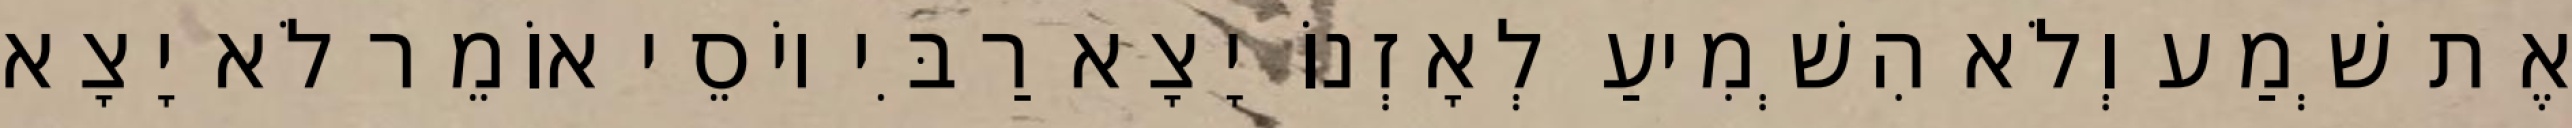
אֶת שְׁמַע וְלֹא הִשְׁמִיעַ לְאָזְנוֹ יָצָא רַבִּי יוֹסֵי אוֹמֵר לֹא יָצָא